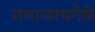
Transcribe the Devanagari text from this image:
समाजरचनेचे